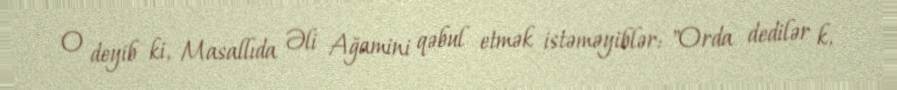
O deyib ki, Masallıda Əli Ağamini qəbul etmək istəməyiblər: "Orda dedilər k,